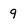
Character: 9